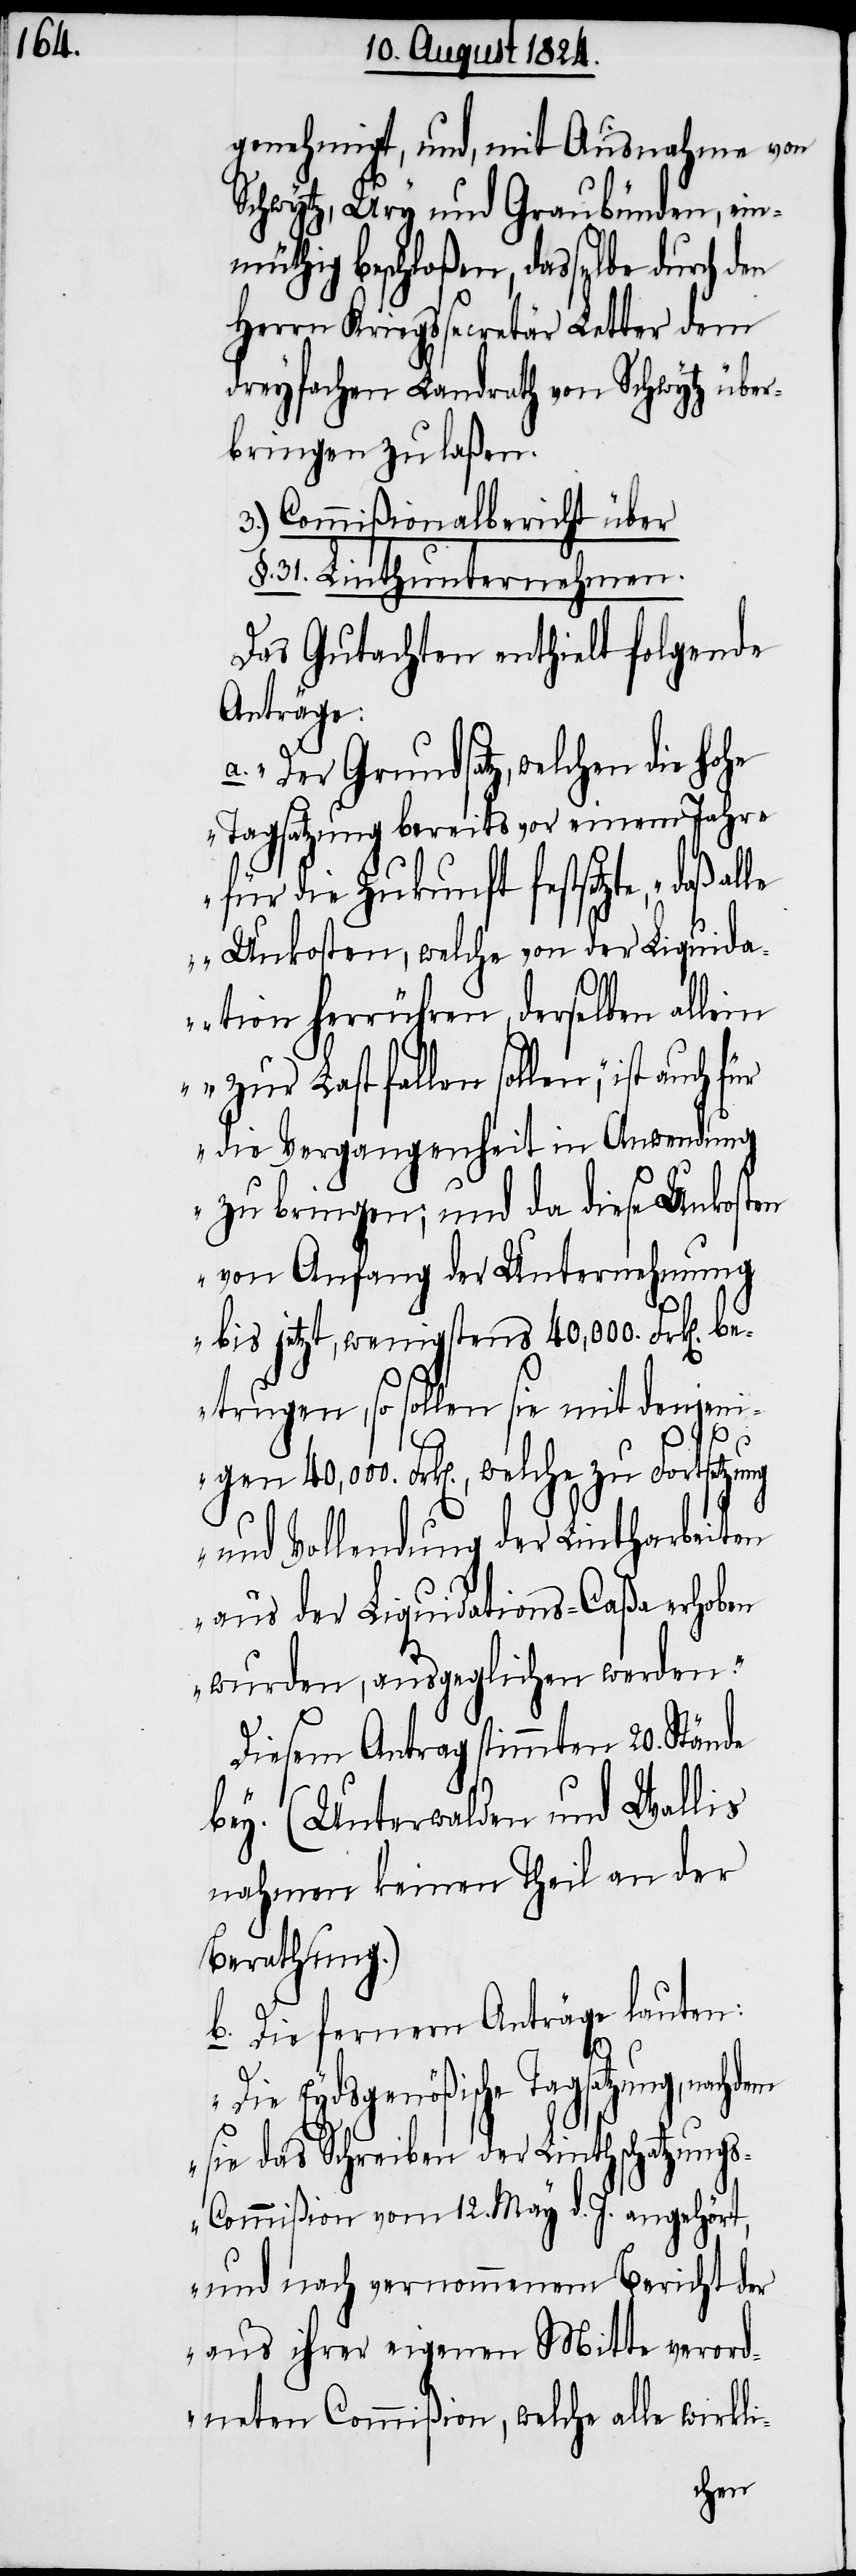
genehmigt, und, mit Ausnahme von
Schwytz, Ury und Graubünden, ein¬
müthig beschloßen, dasselbe durch den
Herrn Kriegssecretär Letter dem
dreyfachen Landrath von Schwytz über¬
bringen zu laßen.
3.) Commißionalbericht über
§. 31. Linthunternehmen.
Das Gutachten enthielt folgende
Anträge:
„Der Grundsatz, welchen die hohe
Tagsatzung bereits vor einem Jahre
für die Zukunft festsetzte, daß al¬
le Unkosten, welche von der Liquid¬
ation herrühren, derselben allein
Last fallen sollen, ist auch für
die Vergangenheit in Anwendung
zu bringen; und da diese Unkosten
von Anfang der Unternehmung
bis jetzt, wenigstens 40,000. Frk[en].
betrugen, so sollen sie mit denjeni¬
gen 40,000. Frk[en]., welche zu Fortsetzung
und Vollendung der Lintharbeiten
aus der Liquidations-Caßa erhoben
wurden, ausgeglichen werden.“
Diesem Antrag stimmten 20. Stände
bey. (Unterwalden und Wallis
nahmen keinen Theil an der
Berathung.)
b. Die fernern Anträge lauten:
„Die Eydsgenößische Tagsatzung,
sie das Schreiben der Linthschatzung¬
s-Commißion vom 12. May d. J. angehört,
und nach vernommenem Bericht der
aus ihrer eigenen Mitte verord¬
neten Commißion, welche alle wirkli-